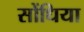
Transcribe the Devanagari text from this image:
सोंधिया